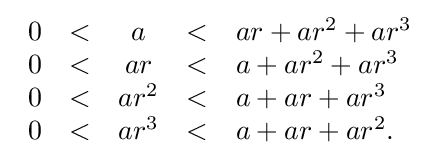
{\begin{array}{rcccl}0&<&a&<&ar+ar^{2}+ar^{3}\\0&<&ar&<&a+ar^{2}+ar^{3}\\0&<&ar^{2}&<&a+ar+ar^{3}\\0&<&ar^{3}&<&a+ar+ar^{2}.\end{array}}